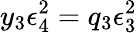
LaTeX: y_{3}\epsilon_{4}^{2}=q_{3}\epsilon_{3}^{2}